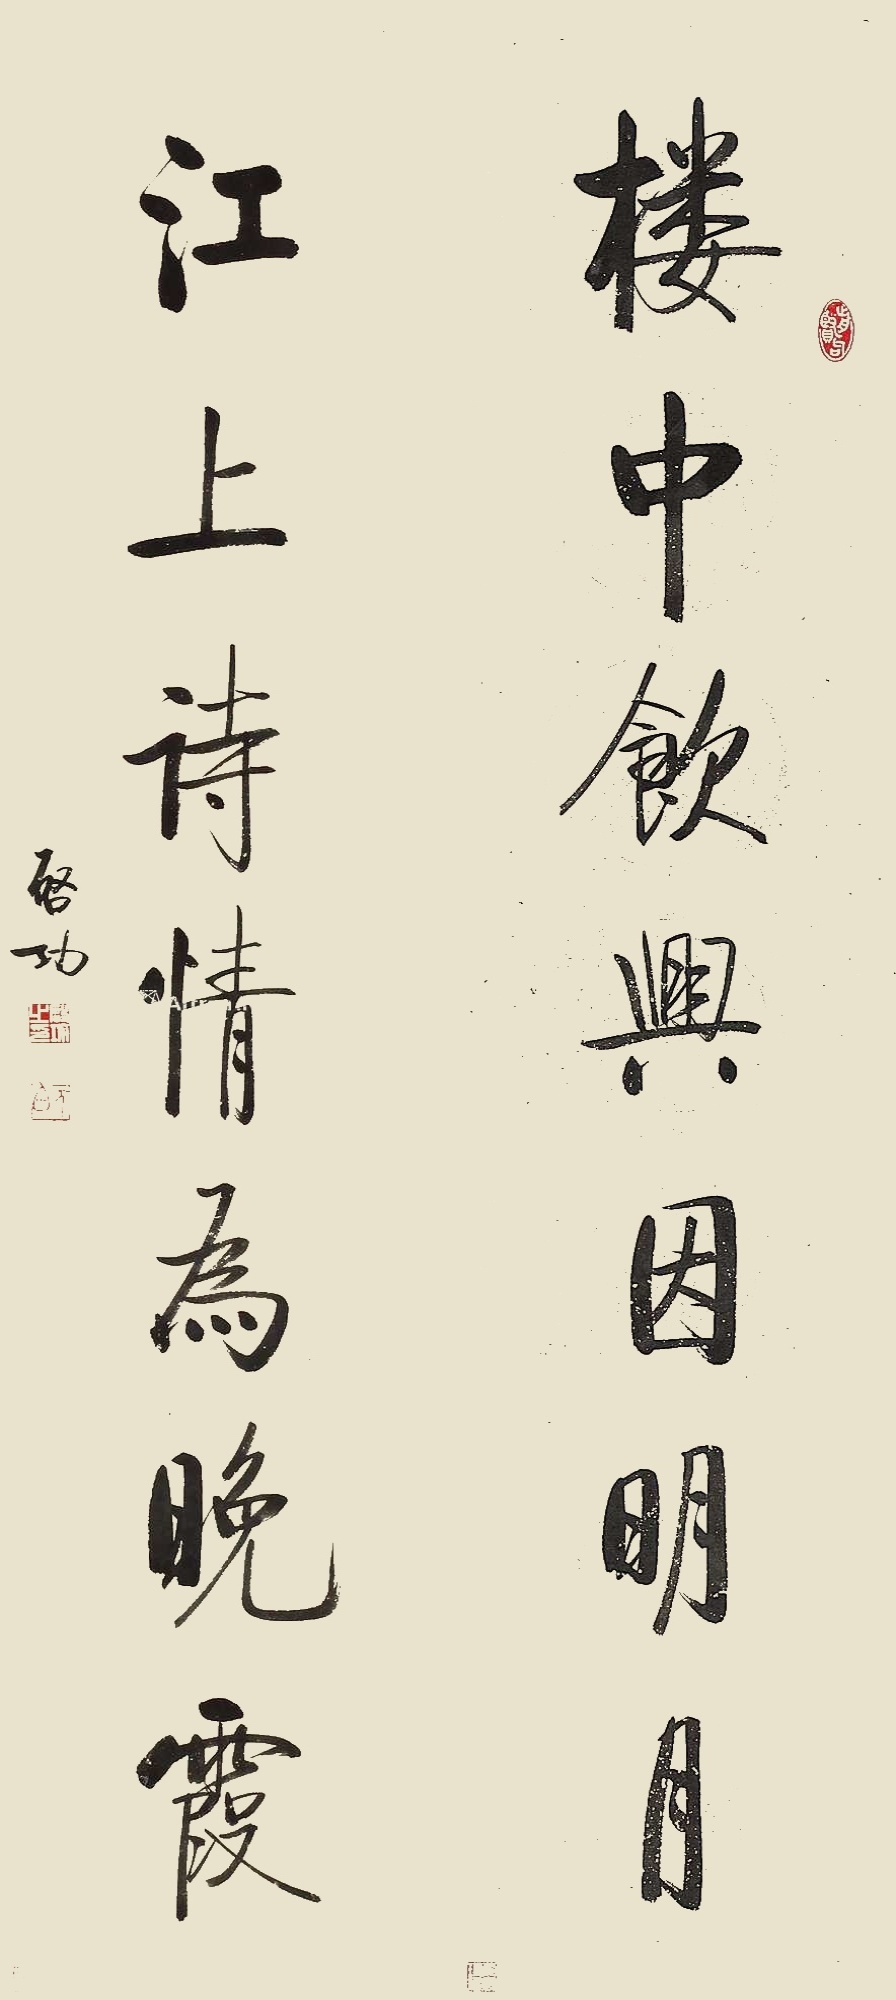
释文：楼中饮兴因明月，江上诗情为晚霞。启功。